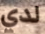
لدي